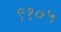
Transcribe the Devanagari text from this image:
९१०५